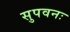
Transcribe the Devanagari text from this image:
सुपवनः